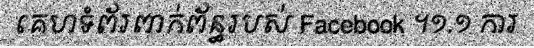
គេហទំព័រពាក់ព័ន្ធរបស់ Facebook ។១.១ ការ